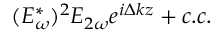
( E _ { \omega } ^ { * } ) ^ { 2 } E _ { 2 \omega } e ^ { i \Delta k z } + c . c .